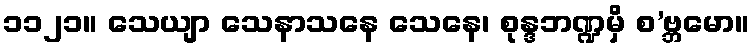
၁၁၂၁။ သေယျာ သေနာသနေ သေနေ၊ စုန္ဒဘဏ္ဍမှိ စ’ဗ္ဘမော။